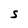
Character: S